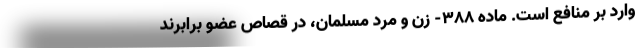
وارد بر منافع است. ماده ۳۸۸- زن و مرد مسلمان، در قصاص عضو برابرند